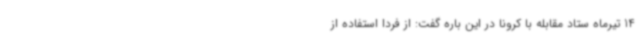
14 تیرماه ستاد مقابله با کرونا در این باره گفت: از فردا استفاده از